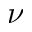
\nu